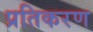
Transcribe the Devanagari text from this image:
प्रतिकरण